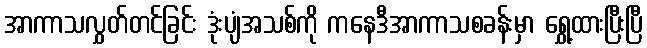
အာကာသလွှတ်တင်ခြင်း ဒုံးပျံအသစ်ကို ကနေဒီအာကာသစခန်းမှာ ရွှေ့ထားပြီးပြီ